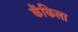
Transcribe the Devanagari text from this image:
कैंकिला